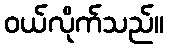
ဝယ်လိုက်သည်။